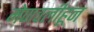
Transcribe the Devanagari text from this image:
मेणवलीहून